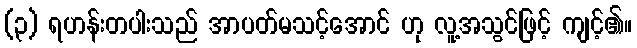
(၃) ရဟန်းတပါးသည် အာပတ်မသင့်အောင် ဟု လူ့အသွင်ဖြင့် ကျင့်၏။